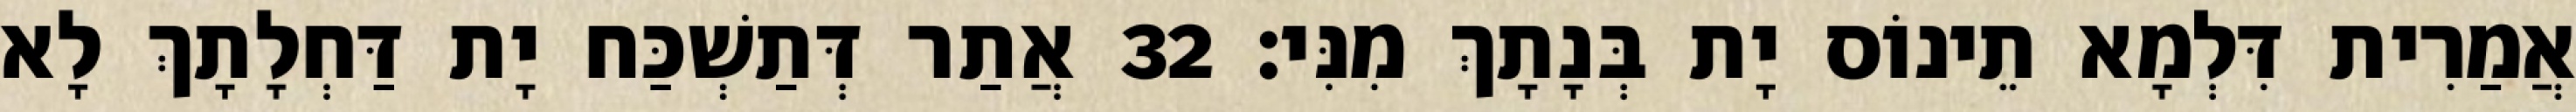
אֲמַרִית דִּלְמָא תֵינוֹס יָת בְּנָתָךְ מִנִּי׃ 32 אֲתַר דְּתַשְׁכַּח יָת דַּחְלָתָךְ לָא